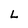
Character: L